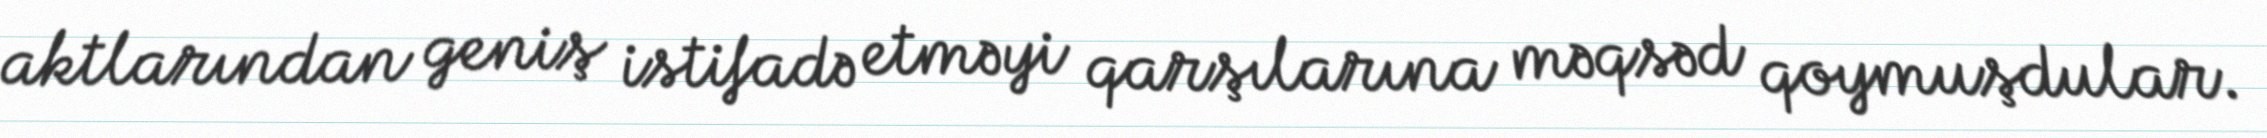
aktlarından geniş istifadə etməyi qarşılarına məqsəd qoymuşdular.